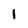
Character: 1